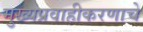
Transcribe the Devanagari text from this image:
मुख्यप्रवाहीकरणाचे